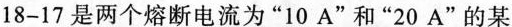
18-17是两个熔断电流为”10A”和”20A”的某